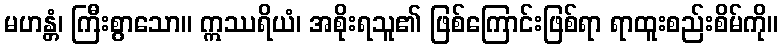
မဟန္တံ၊ ကြီးစွာသော။ ဣဿရိယံ၊ အစိုးရသူ၏ ဖြစ်ကြောင်းဖြစ်ရာ ရာထူးစည်းစိမ်ကို။